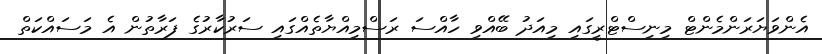
އެންވަޔަރަންމެންޓް މިނިސްޓްރީގައި މިއަދު ބޭއްވި ހާއްސަ ރަސްމިއްޔާތެއްގައި ސަރުކާރުގެ ފަރާތުން އެ މަސައްކަތް